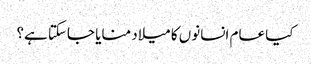
کیا عام انسانوں کا میلاد منایا جاسکتا ہے؟